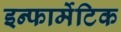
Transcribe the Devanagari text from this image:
इन्फार्मेटिक